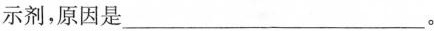
示剂，原因是___。